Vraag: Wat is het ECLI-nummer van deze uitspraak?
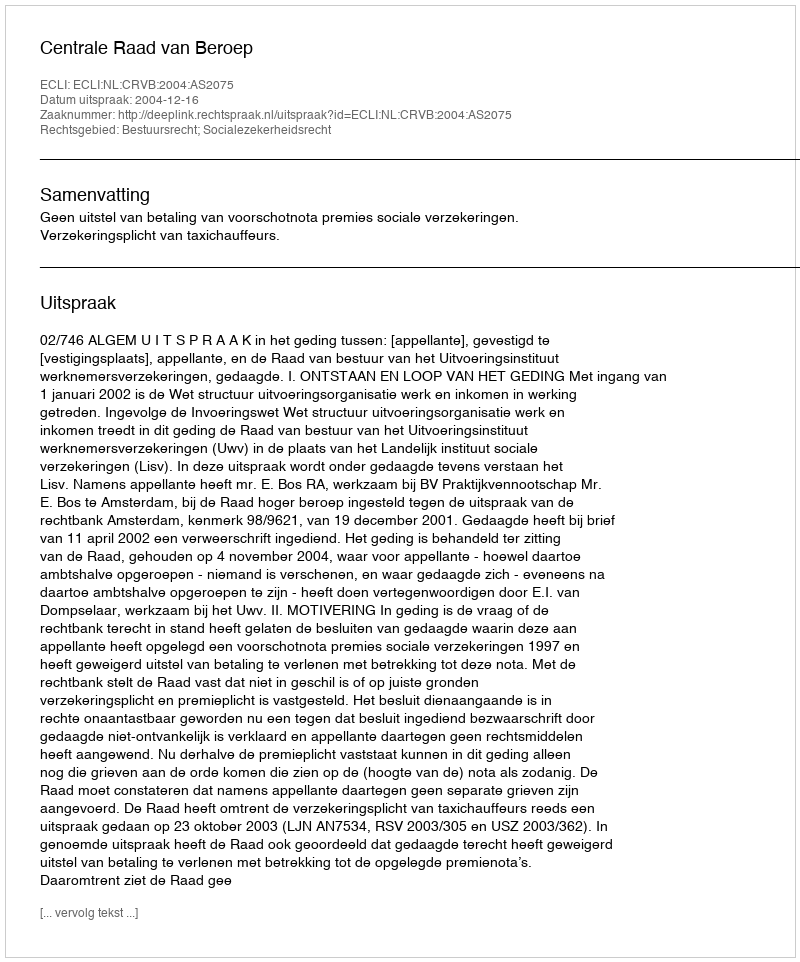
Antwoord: ECLI:NL:CRVB:2004:AS2075